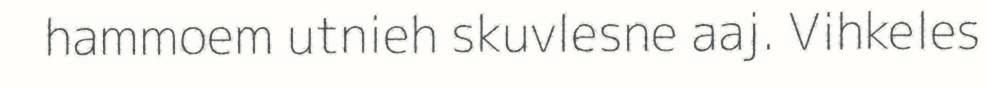
hammoem utnieh skuvlesne aaj. Vihkeles